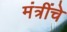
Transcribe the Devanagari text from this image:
मंत्रींचे